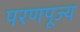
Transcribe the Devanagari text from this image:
परणपूज्य